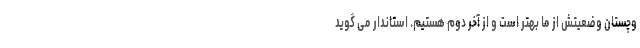
وچستان وضعیتش از ما بهتر است و از آخر دوم هستیم. استاندار می گوید